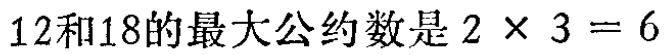
$12和18的最大公约数是2\times 3 = 6$